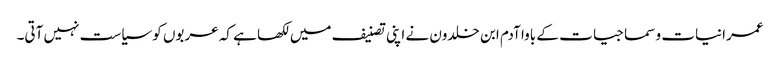
عمرانیات و سماجیات کے باوا آدم ابن خلدون نے اپنی تصنیف میں لکھا ہے کہ عربوں کو سیاست نہیں آتی۔